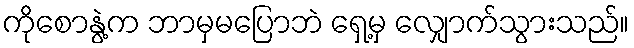
ကိုစောနွဲ့က ဘာမှမပြောဘဲ ရှေ့မှ လျှောက်သွားသည်။